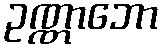
ဥဏ္ဏာဘော